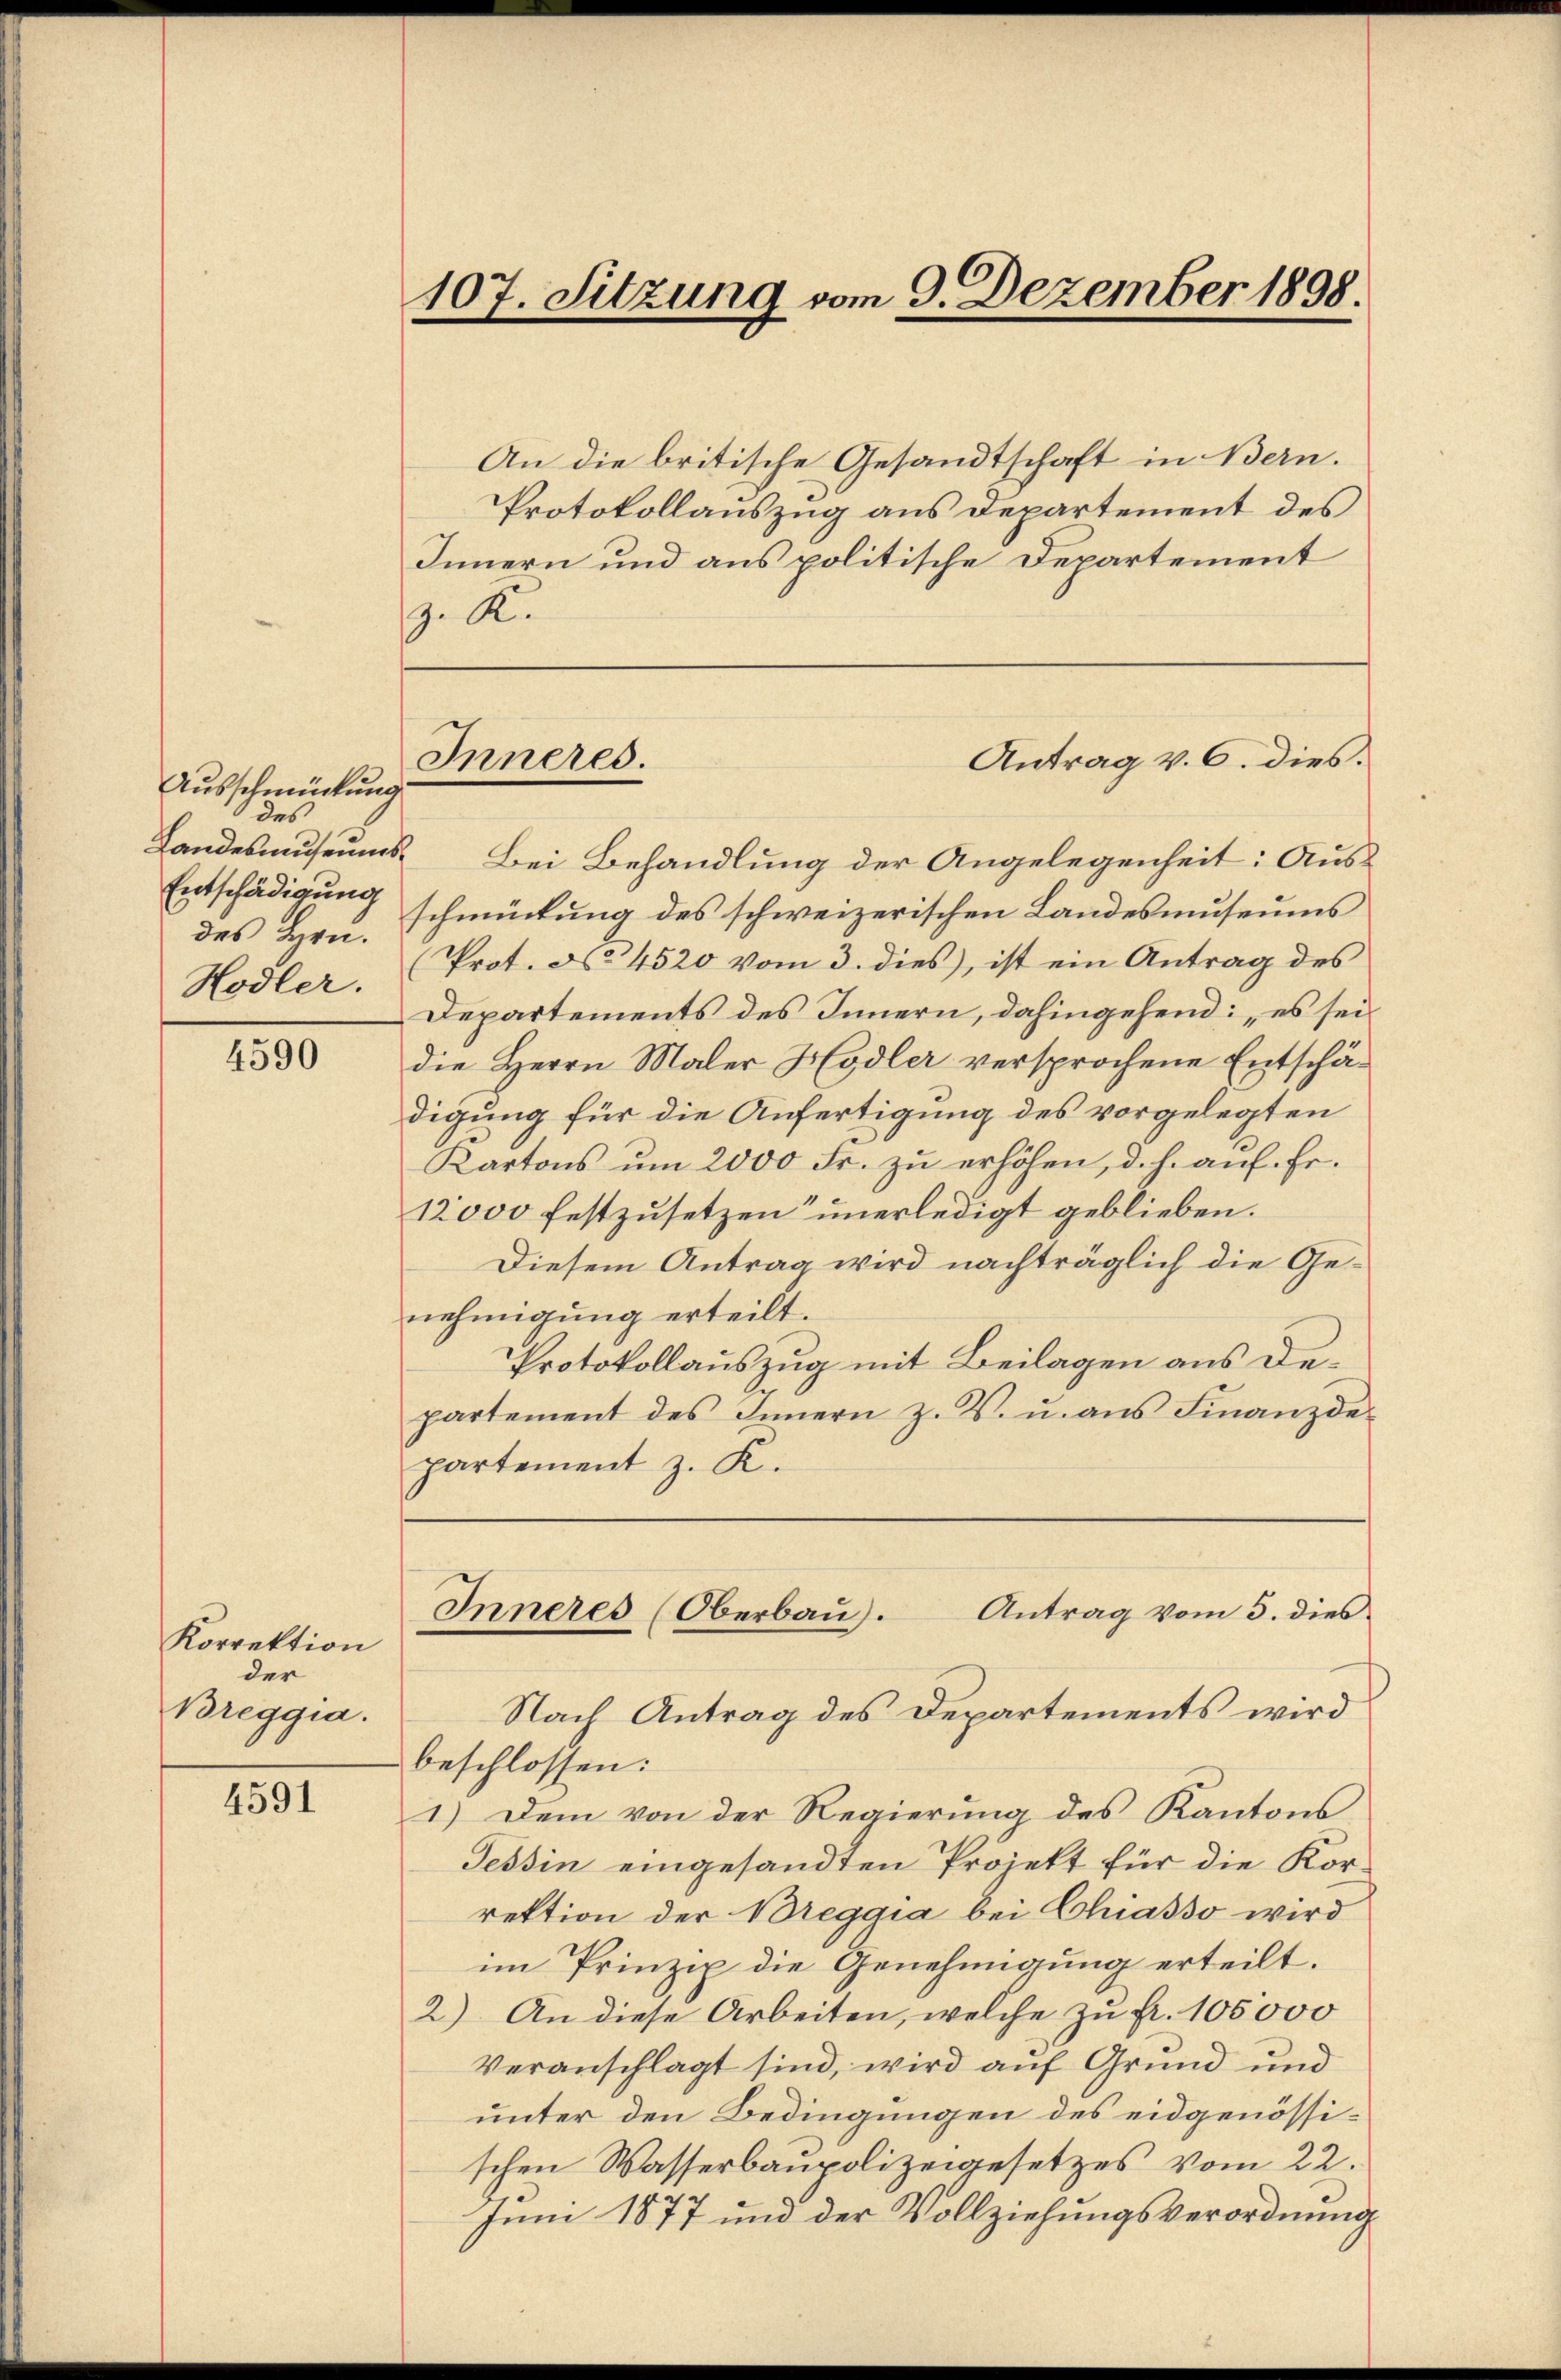
Ausschmückung
des
Entschädigung
des Hrn.
Hodler.

4590

Korrektion
der
Breggia.

4591

107. Sitzung vom 9. Dezember 1898.

An die britische Gesandtschaft in Bern.
Protokollauszug aus Departement des
Innern und aus politische Departement
z. K.

Inneres.

Antrag v. 6. dies.

Landesmuseums Bei Behandlung der Angelegenheit: Ausschmückung des schweizerischen Landesmuseums
Prot. No 4520 vom 3. dies, ist ein Antrag des
Departements des Innern, dahingehend: „es sei.
die Herrn Maler Hodler versprochene Entschädigung für die Anfertigung des vorgelegten
Kartons um 2000 Fr. zu erhöhen, d. h. auf. Er¬
12000 festzusetzen unerledigt geblieben.
Diesem Antrag wird nachträglich die Genehmigung erteilt.
Protokollauszug mit Beilagen aus departement des Innern z. B. u. aus Finanzdepartement z. K.
Inneres (Oberbaŭ). Antrag vom 5. dies
Nach Antrag des Departements wird
beschlossen:
1.) Dem von der Regierung des Kantons
Tessin eingesandten Projekt für die Korrektion der Breggia bei Chiasso wird
im Prinzip die Genehmigung erteilt.
2) An diese Arbeiten, welche zu fr. 105000
Veranschlagt sind, wird auf Grund und
unter den Bedingungen des eidgenössischen Wasserbaupolizeigesetzes vom 22.
Juni 1877 und der Vollziehungsverordnung